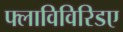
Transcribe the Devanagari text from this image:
फ्लाविविरिडए